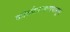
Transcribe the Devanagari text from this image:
कोळीवाड्यापासून